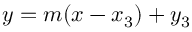
y = m ( x - x _ { 3 } ) + y _ { 3 }